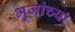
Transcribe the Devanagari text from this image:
भुजांच्या